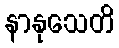
နာနုသေတိ